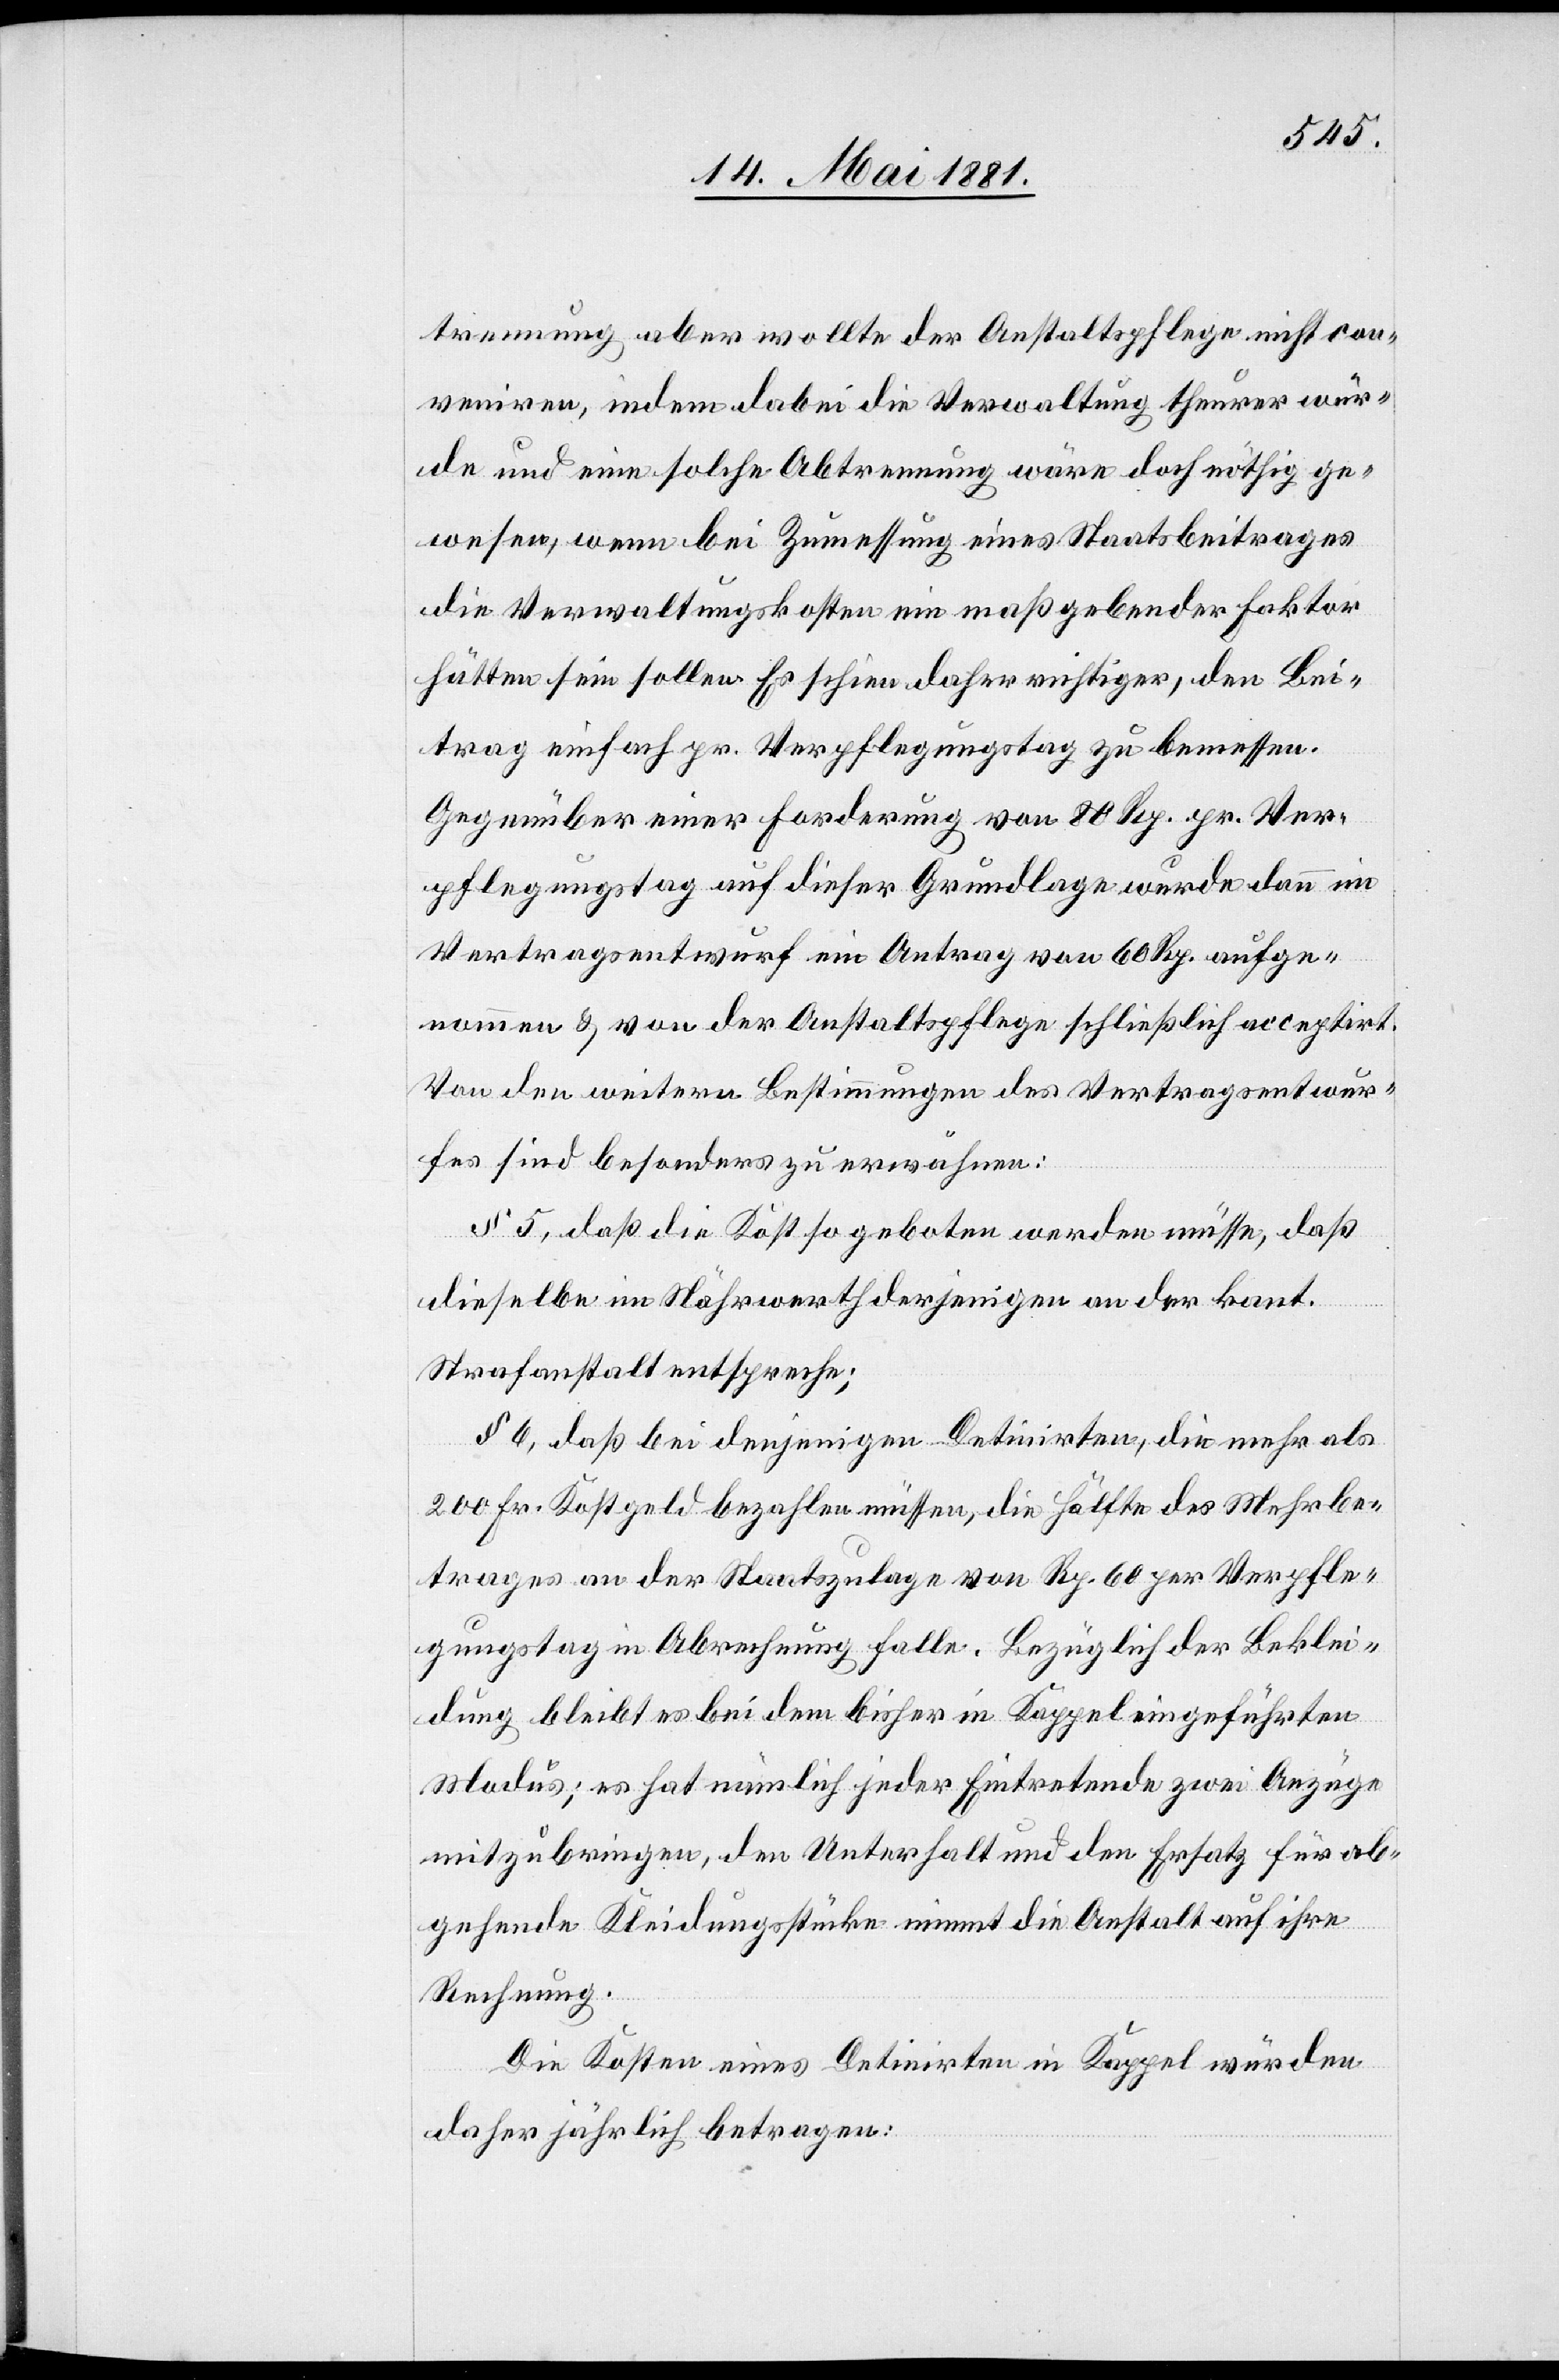
trennung aber wollte der Anstaltspflege nicht con¬
veniren, indem dabei die Verwaltung theurer wür¬
de und eine solche Abtrennung wäre doch nötig ge¬
wesen, wenn bei Zumessung eines Staatsbeitrages
die Verwaltungskosten ein maßgebender Faktor
hätten sein sollen. Es schien daher richtiger, den Bei¬
trag einfach pr. Verpflegungstag zu bemessen.
Gegenüber einer Forderung von 80 Rp. pr. Ver¬
pflegungstag auf dieser Grundlage wurde dann im
Vertragsentwurf ein Antrag von 60 Rp. aufge¬
nommen & von der Anstaltspflege schließlich acceptirt.
Von den weitern Bestimmungen des Vertragsentwur¬
fes sind besonders zu erwähnen:
§ 5, daß die Kost so geboten werden müsse, daß
dieselbe im Nährwerth derjenigen an der kant.
Strafanstalt entspreche;
§ 6, daß bei denjenigen Detinirten, die mehr als
200 Fr. Kostgeld bezahlen müssen, die Hälfte des Mehrbe¬
trages an der Staatszulage von Rp. 60 per Verpfle¬
gungstag in Abrechnung falle. Bezüglich der Beklei¬
dung bleibt es bei dem bisher in Kappel eingeführten
Modus; es hat nämlich jeder Eintretende zwei Anzüge
mitzubringen, den Unterhalt und den Ersatz für ab¬
gehende Kleidungsstücke nimmt die Anstalt auf ihre
Rechnung.
Die Kosten eines Detinirten in Kappel würden
daher jährlich betragen: